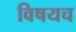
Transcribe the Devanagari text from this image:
विषयच